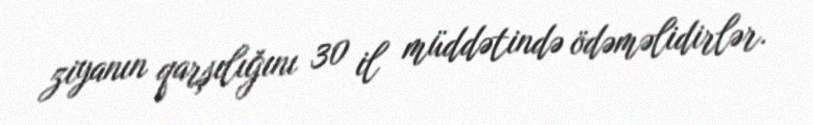
ziyanın qarşılığını 30 il müddətində ödəməlidirlər.